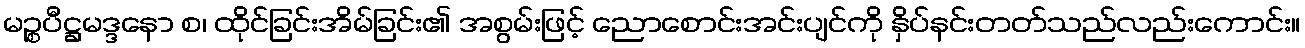
မဉ္စပီဋ္ဌမဒ္ဒနော စ၊ ထိုင်ခြင်းအိမ်ခြင်း၏ အစွမ်းဖြင့် ညောစောင်းအင်းပျင်ကို နှိပ်နင်းတတ်သည်လည်းကောင်း။